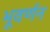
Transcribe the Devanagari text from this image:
भूवर्णन